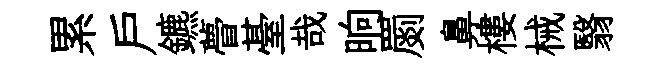
累戶鑣瞢䑓哉晌罽鼻樓械翳